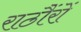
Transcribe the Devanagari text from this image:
राठौंरों